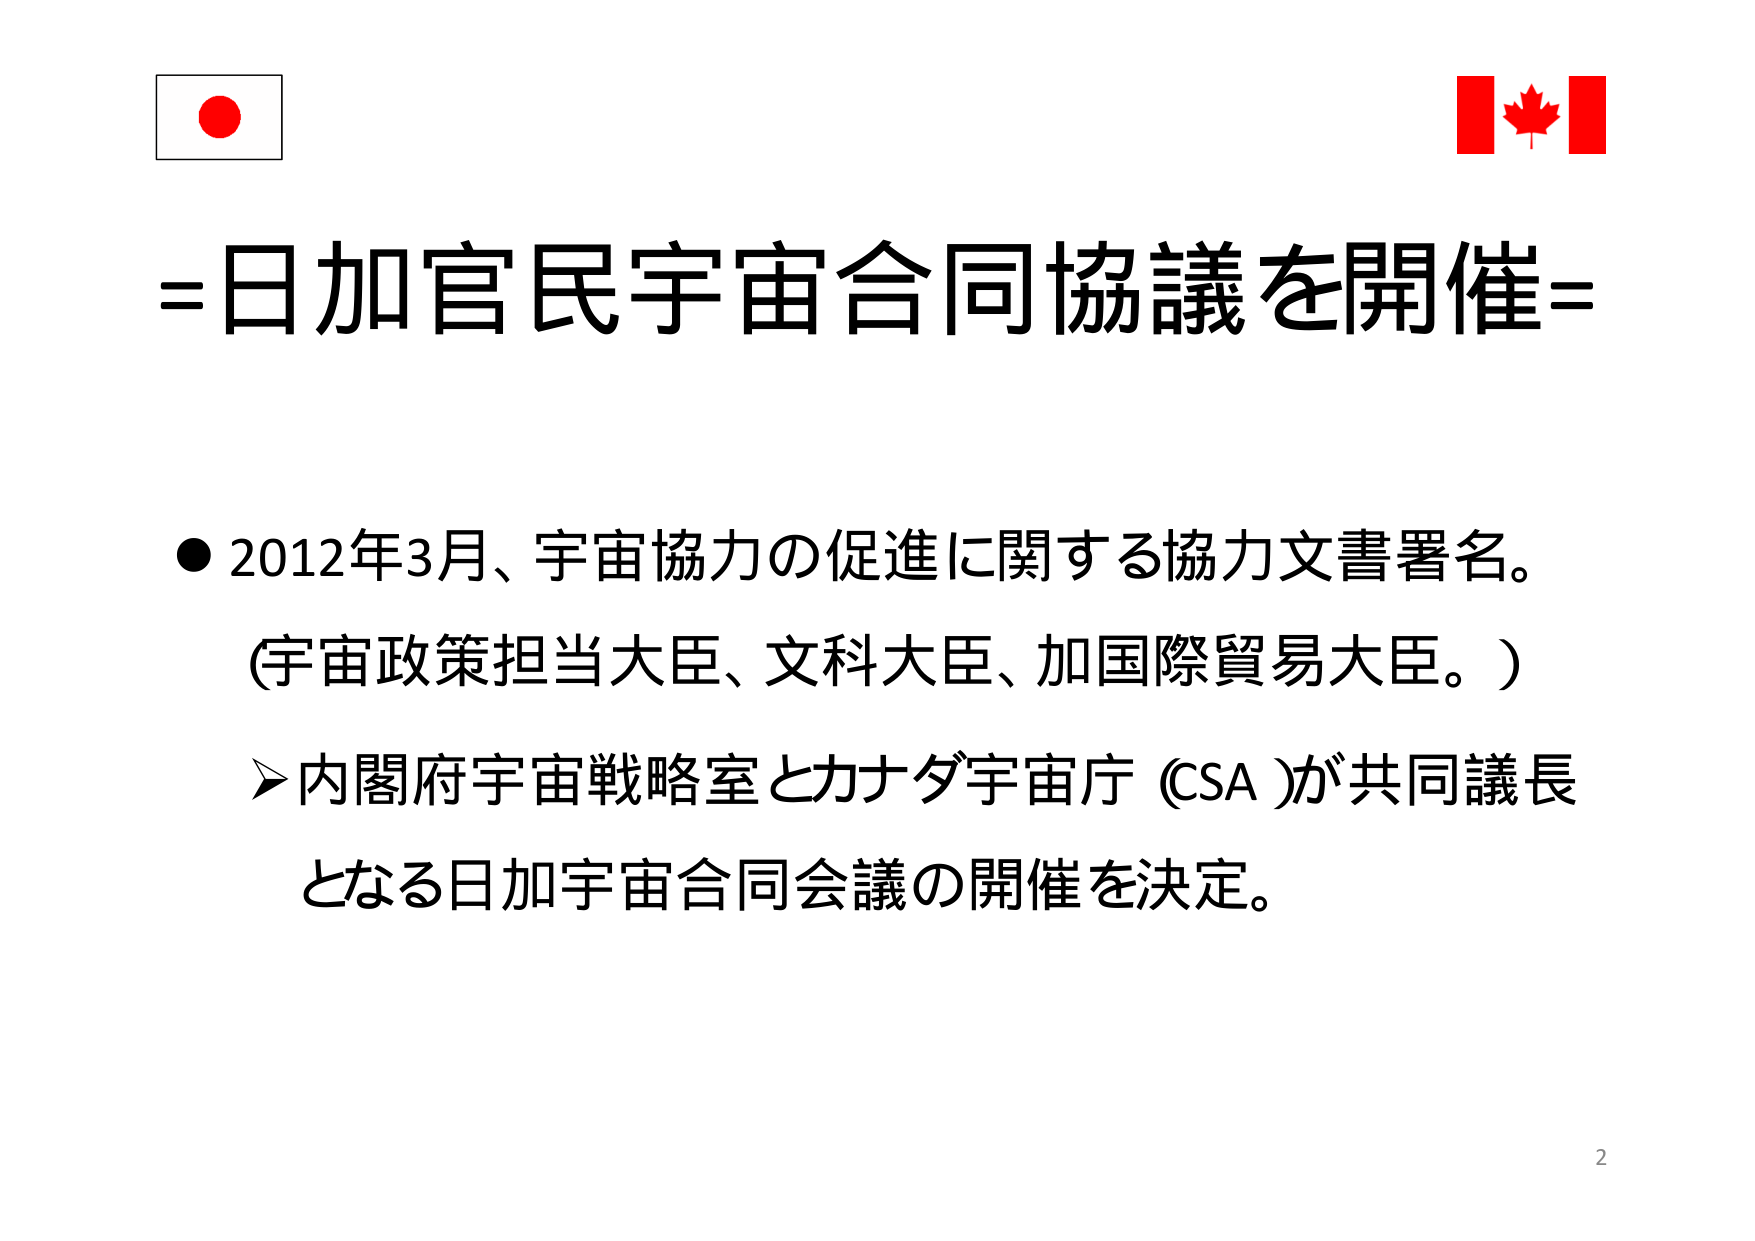
=日加官民宇宙合同協議を開催=

●2012年3月、宇宙協力の促進に関する協力文書署名。
（宇宙政策担当大臣、文科大臣、加国際貿易大臣。）
➢内閣府宇宙戦略室とカナダ宇宙庁（CSA）が共同議長
となる日加宇宙合同会議の開催を決定。

2